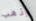
واذهب